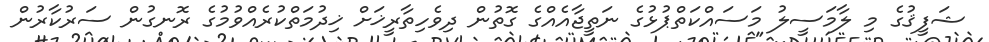
ޝަފީޤުގެ މި ލާމަސީލު މަސައްކަތްޕުޅުގެ ނަތީޖާއެއްގެ ގޮތުން ދިވެހިތާރީޚަށް ޚިދުމަތްކުރެއްވުމުގެ ރޮނގުން ސަރުކާރުން